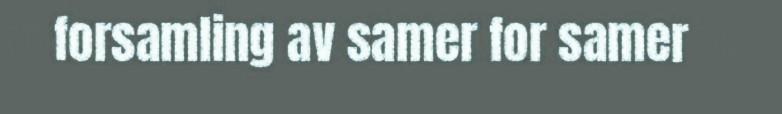
forsamling av samer for samer